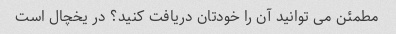
مطمئن می توانید آن را خودتان دریافت کنید؟ در یخچال است